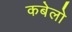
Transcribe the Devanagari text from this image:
कबेलो